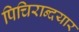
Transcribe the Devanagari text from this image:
पिचिरान्दयार